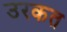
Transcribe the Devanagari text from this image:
उरकत